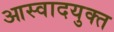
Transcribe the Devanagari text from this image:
आस्वादयुक्त